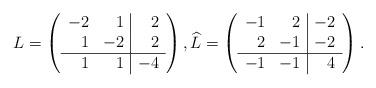
LaTeX: \begin{align*}L= \left(\begin{array}{cc|c} -2 & \phantom{-}1 & \phantom{-}2 \\ \phantom{-}1 & -2 & \phantom{-}2 \\ \hline \phantom{-}1 & \phantom{-}1 & -4 \end{array}\right), \widehat L= \left(\begin{array}{cc|c} -1 & \phantom{-}2 & -2 \\ \phantom{-}2 & -1 & -2 \\ \hline -1 & -1 & \phantom{-}4 \end{array}\right). \end{align*}